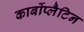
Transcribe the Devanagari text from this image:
कार्बोप्लैटिन